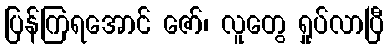
ပြန်ကြရအောင် ဇော်၊ လူတွေ ရှုပ်လာပြီ